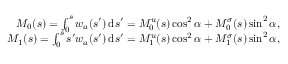
\begin{array} { r } { M _ { 0 } ( s ) = \int _ { 0 } ^ { s } w _ { a } ( s ^ { \prime } ) \, \mathrm { d } s ^ { \prime } = M _ { 0 } ^ { u } ( s ) \cos ^ { 2 } \alpha + M _ { 0 } ^ { \sigma } ( s ) \sin ^ { 2 } \alpha , } \\ { M _ { 1 } ( s ) = \int _ { 0 } ^ { s } s ^ { \prime } w _ { a } ( s ^ { \prime } ) \, \mathrm { d } s ^ { \prime } = M _ { 1 } ^ { u } ( s ) \cos ^ { 2 } \alpha + M _ { 1 } ^ { \sigma } ( s ) \sin ^ { 2 } \alpha , } \end{array}